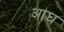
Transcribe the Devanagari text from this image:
आघ